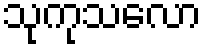
သုကုသလော